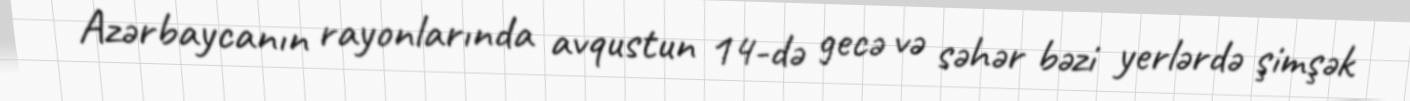
Azərbaycanın rayonlarında avqustun 14-də gecə və səhər bəzi yerlərdə şimşək